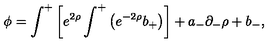
\phi = \int ^ { + } \left[ e ^ { 2 \rho } \int ^ { + } \left( e ^ { - 2 \rho } b _ { + } \right) \right] + a _ { - } \partial _ { - } \rho + b _ { - } ,